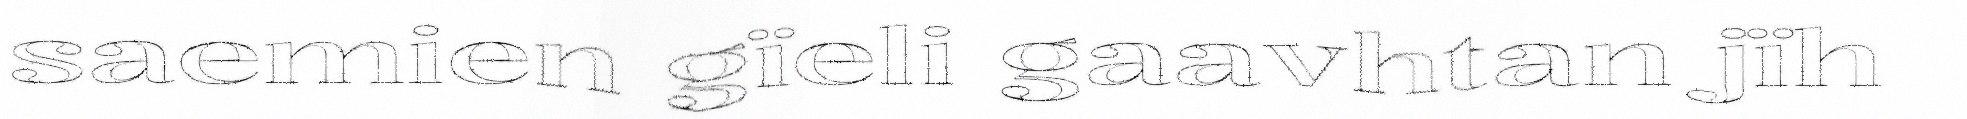
saemien gïeli gaavhtan jïh